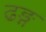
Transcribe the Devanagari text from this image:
ढङ्ग